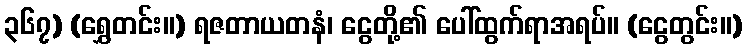
၃၆၇) (ရွှေတင်း။) ရဇတာယတနံ၊ ငွေတို့၏ ပေါ်ထွက်ရာအရပ်။ (ငွေတွင်း။)